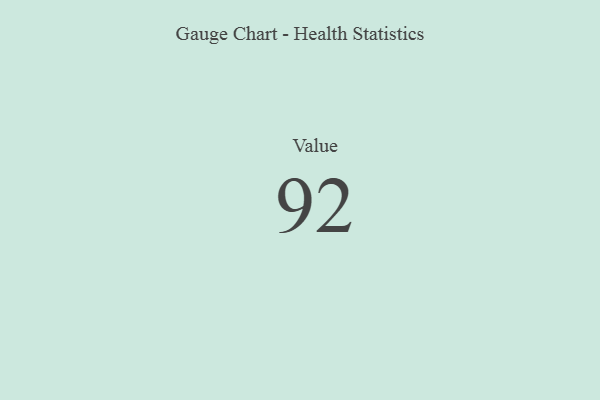
{"axis": {"x": "Metric", "y": "Value"}, "legend": [""], "data": [{"x": "Value", "y": 92, "type": ""}]}